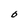
Character: O